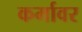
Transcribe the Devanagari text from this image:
कर्मावर